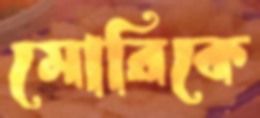
মোরিকে